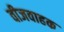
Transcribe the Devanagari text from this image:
वीजवाहक